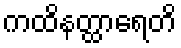
ကထိနတ္ထာရေတိ